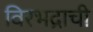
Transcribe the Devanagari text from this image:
विरभद्राची